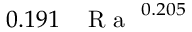
0 . 1 9 1 \, \mathrm { ~ \textit ~ { ~ R ~ a ~ } ~ } ^ { 0 . 2 0 5 }